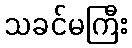
သခင်မကြီး